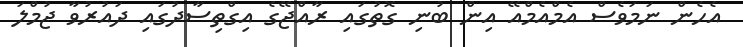
އެހެން ނަމަވެސް އެމްއެމްއޭ އިން ބުނި ގޮތުގައި ރާއްޖޭގެ އިގްތިސާދުގައި ދައުރުވާ ޖުމްލަ